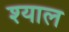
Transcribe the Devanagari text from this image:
श्याल